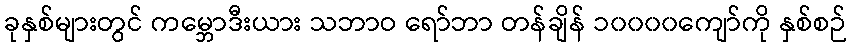
ခုနှစ်များတွင် ကမ္ဘောဒီးယား သဘာဝ ရော်ဘာ တန်ချိန် ၁၀၀၀၀ကျော်ကို နှစ်စဉ်